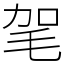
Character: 毠